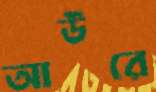
আউরে